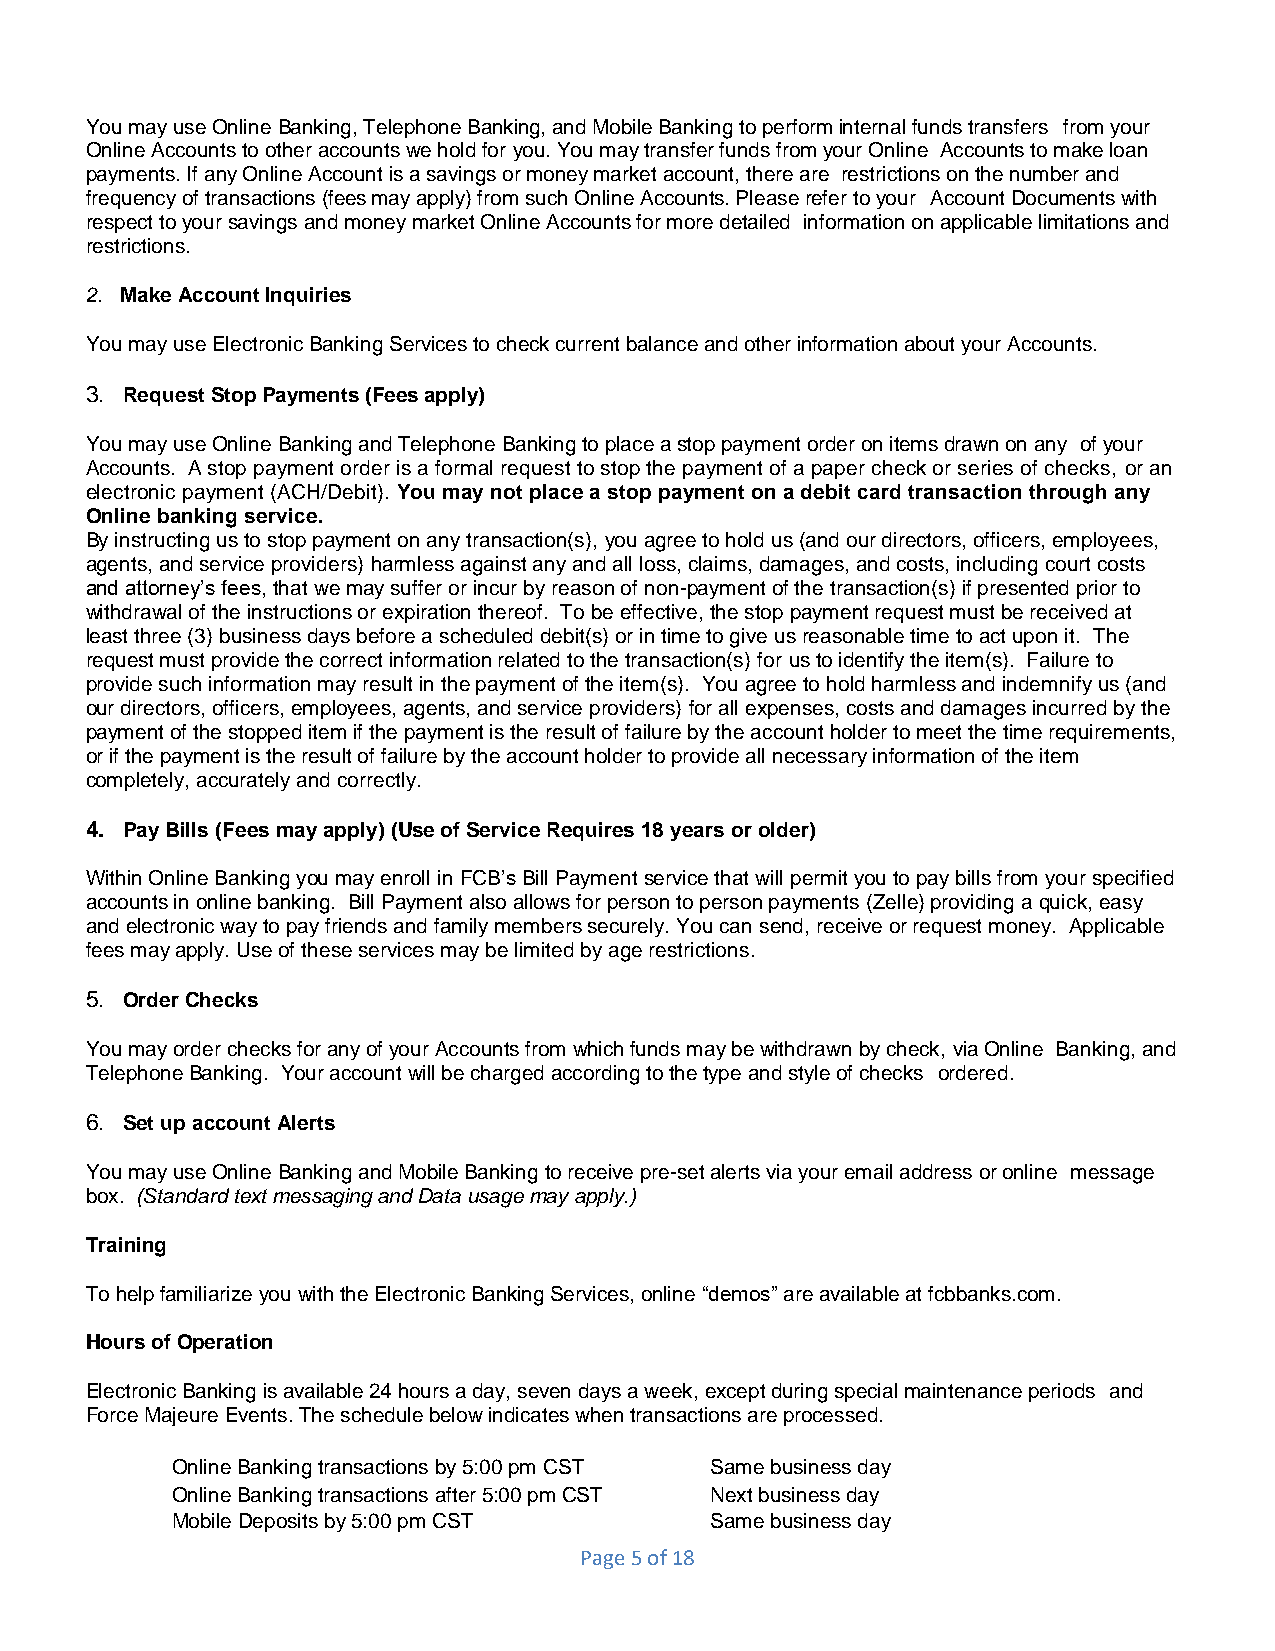
You may use Online Banking, Telephone Banking, and Mobile Banking to perform internal funds transfers from your
 Online Accounts to other accounts we hold for you. You may transfer funds from your Online Accounts to make loan
 payments. If any Online Account is a savings or money market account, there are restrictions on the number and
 frequency of transactions (fees may apply) from such Online Accounts. Please refer to your Account Documents with
 respect to your savings and money market Online Accounts for more detailed information on applicable limitations and
 restrictions.
 2. Make Account Inquiries
 You may use Electronic Banking Services to check current balance and other information about your Accounts.
 3. Request Stop Payments (Fees apply)
 You may use Online Banking and Telephone Banking to place a stop payment order on items drawn on any of your
 Accounts. A stop payment order is a formal request to stop the payment of a paper check or series of checks, or an
 electronic payment (ACH/Debit). You may not place a stop payment on a debit card transaction through any
 Online banking service.
 By instructing us to stop payment on any transaction(s), you agree to hold us (and our directors, officers, employees,
 agents, and service providers) harmless against any and all loss, claims, damages, and costs, including court costs
 and attorney’s fees, that we may suffer or incur by reason of non-payment of the transaction(s) if presented prior to
 withdrawal of the instructions or expiration thereof. To be effective, the stop payment request must be received at
 least three (3) business days before a scheduled debit(s) or in time to give us reasonable time to act upon it. The
 request must provide the correct information related to the transaction(s) for us to identify the item(s). Failure to
 provide such information may result in the payment of the item(s). You agree to hold harmless and indemnify us (and
 our directors, officers, employees, agents, and service providers) for all expenses, costs and damages incurred by the
 payment of the stopped item if the payment is the result of failure by the account holder to meet the time requirements,
 or if the payment is the result of failure by the account holder to provide all necessary information of the item
 completely, accurately and correctly.
 4. Pay Bills (Fees may apply) (Use of Service Requires 18 years or older)
 Within Online Banking you may enroll in FCB’s Bill Payment service that will permit you to pay bills from your specified
 accounts in online banking. Bill Payment also allows for person to person payments (Zelle) providing a quick, easy
 and electronic way to pay friends and family members securely. You can send, receive or request money. Applicable
 fees may apply. Use of these services may be limited by age restrictions.
 5. Order Checks
 You may order checks for any of your Accounts from which funds may be withdrawn by check, via Online Banking, and
 Telephone Banking. Your account will be charged according to the type and style of checks ordered.
 6. Set up account Alerts
 You may use Online Banking and Mobile Banking to receive pre-set alerts via your email address or online message
 box. (Standard text messaging and Data usage may apply.)
 Training
 To help familiarize you with the Electronic Banking Services, online “demos” are available at fcbbanks.com.
 Hours of Operation
 Electronic Banking is available 24 hours a day, seven days a week, except during special maintenance periods and
 Force Majeure Events. The schedule below indicates when transactions are processed.
 Online Banking transactions by 5:00 pm CST Same business day
 Online Banking transactions after 5:00 pm CST Next business day
 Mobile Deposits by 5:00 pm CST      Same business day
 Page 5 of 18